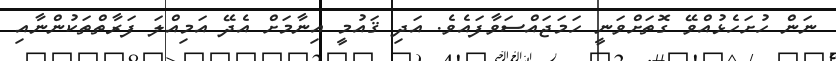
ނަން ހުށަހެޅުއްވޭ ގޮތަށްވަނީ ހަމަޖައްސަވާފައެވެ. އަދި ޤައުމީ އިނާމަށް އެދޭ އަމިއްލަ ފަރާތްތަކުންނާއި